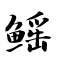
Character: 鳐